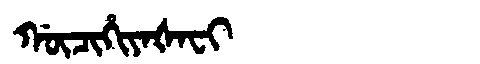
Manchu: ᡤᡡᠴᡳᡥᡳᠶᠠᡧᠠᠸᡳ
Romanization: GŪCIHIYAŠAFI